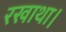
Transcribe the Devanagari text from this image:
रखाथा।